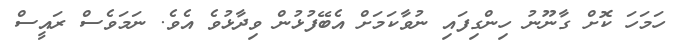
ހަމަހަ ކޮށް ގާނޫނު ހިންގިފައި ނުވާކަމަށް އެބޭފުޅުން ވިދާޅުވެ އެވެ. ނަމަވެސް ރައީސް